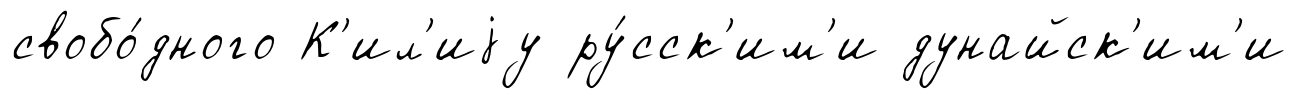
свобо́дного К'ил'иjу ру́сск'им'и дунайск'им'и